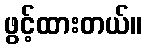
ဖွင့်ထားတယ်။